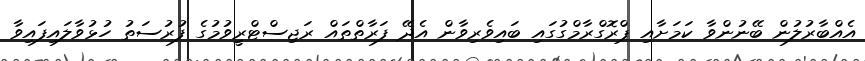
އެއްބާރުލުން ބޭނުންވާ ކަމަށާއި ޕްރޮގްރާމްގުގައި ބައިވެރިވާން އެދޭ ފަރާތްތައް ރަޖިސްޓްރިީވުމުގެ ފުރުސަތު ހުޅުވާލައިފައިވާ